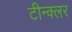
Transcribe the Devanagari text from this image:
टीन्क्लर